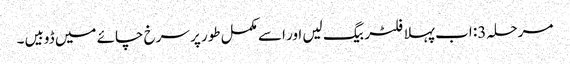
مرحلہ 3: اب پہلا فلٹر بیگ لیں اور اسے مکمل طور پر سرخ چائے میں ڈوبیں۔